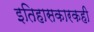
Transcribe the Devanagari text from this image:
इतिहासकारकही